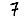
Digit: 7